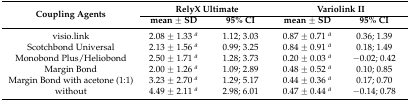
| <ROWSPAN=2> Coupling Agents | <COLSPAN=2> RelyX Ultimate | <COLSPAN=2> Variolink II |
 | mean ± SD | 95% CI | mean ± SD | 95% CI |
 | --- | --- | --- | --- | --- |
 | visio.link | 2.08 ± 1.33 a | 1.12; 3.03 | 0.87 ± 0.71 a | 0.36; 1.39 |
 | Scotchbond Universal | 2.13 ± 1.56 a | 0.99; 3.25 | 0.84 ± 0.91 a | 0.18; 1.49 |
 | Monobond Plus/Heliobond | 2.50 ± 1.71 a | 1.28; 3.73 | 0.20 ± 0.03 a | −0.02; 0.42 |
 | Margin Bond | 2.00 ± 1.26 a | 1.09; 2.89 | 0.48 ± 0.52 a | 0.10; 0.85 |
 | Margin Bond with acetone (1:1) | 3.23 ± 2.70 a | 1.29; 5.17 | 0.44 ± 0.36 a | 0.17; 0.70 |
 | without | 4.49 ± 2.11 a | 2.98; 6.01 | 0.47 ± 0.44 a | −0.14; 0.78 |